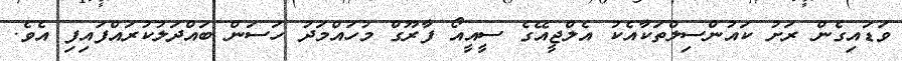
ވަޑައިގެން ރަށު ކައުންސިލްތަކާއެކު އެލްޖީއޭގެ ސީއީއޯ ފާރޫގް މުހައްމަދު ހަސަން ބައްދަލުކުރައްފައިފި އެވެ.